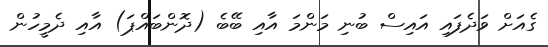
ގެއަށް ވަދެފައި އައިސް ބުނި މަންމަ އާއި ބޭބެ (ދޮންބައްޕަ) އާއި ދެމީހުން